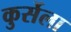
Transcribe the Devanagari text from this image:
कुर्सेला